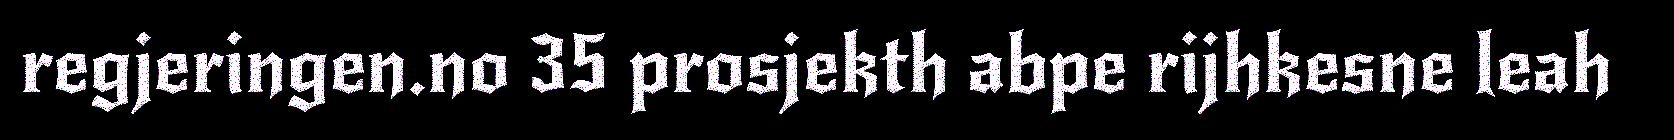
regjeringen.no 35 prosjekth abpe rijhkesne leah